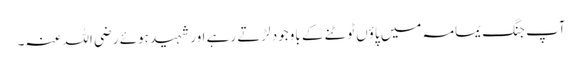
آپ جنگ یمامہ میں پاؤں ٹوٹنے کے باوجود لڑتے رہے اور شہید ہوئے رضی اللہ عنہ۔